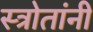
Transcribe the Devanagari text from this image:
स्त्रोतांनी